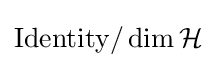
{\rm {Identity}}/\dim {\mathcal {H}}